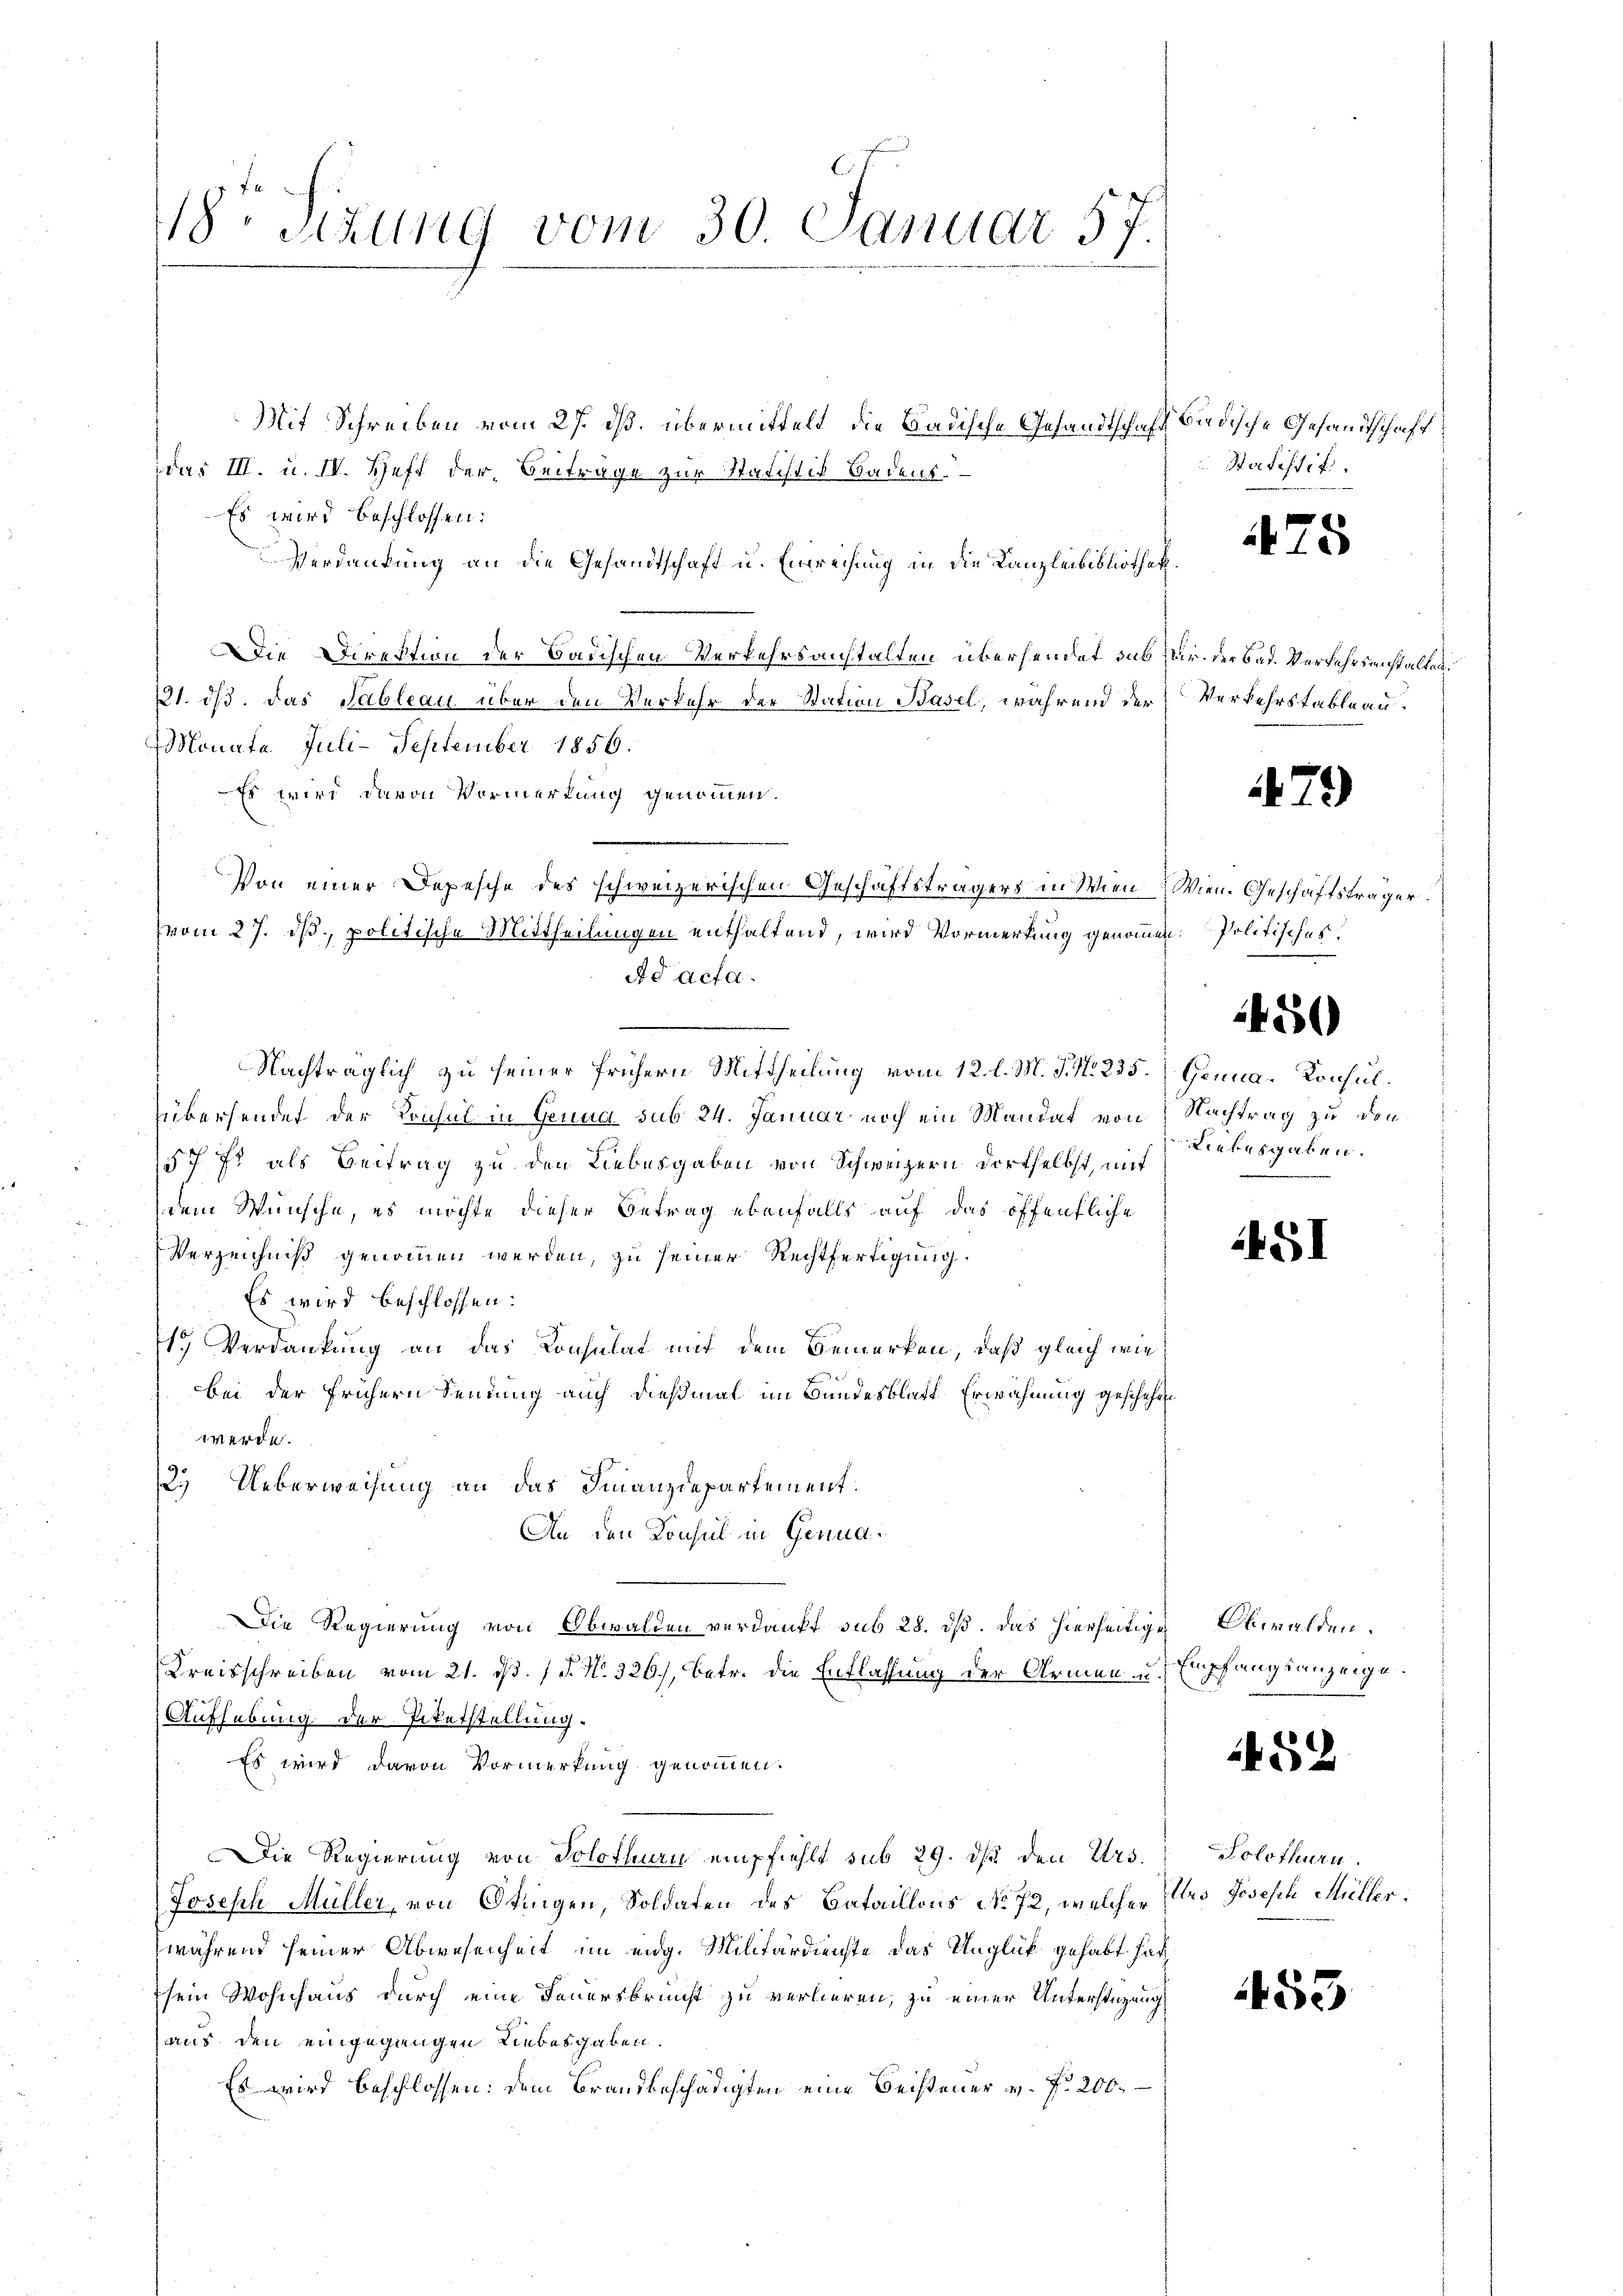
18. Sekung vom 30. Januar 57.

Mit Schreiben vom 27. ds. übermittelt, die Badische Gesandtschaft Badische Gesandtschaft
das III. u. IV. Heft der Beiträge zur Statistis Badens.
Es wird beschlossen:
Verdankung an die Gesandtschaft u. Einreichung in die Kanzleibibliothek
Die Direktion der Badischen Verkehrsanstalten übersendet das
721. ds. das Tableau über den Verkehr der Station Basel, während der
Monata Juli-September 1856.
Es wird davon Vormerkung genommen.
Von einer Depesche des schweizerischen Geschäftsträgers in Wien
vom 27. ds, politische Mittheilungen enthaltend, wird Vormerkung genommen. Politisches,
Ad acta.
übersendet der Konsul in Genua sub 24. Januar noch ein Mandat von Nachtrag zu den
57 7 als Beitrag zu den Liebesgaben von Schweizern dortselbst, mit
dem Wünsche, es möchte dieser Betrag ebenfalls auf das öffentliche
Verzeichniß genommen werden, zu seiner Rechtfertigung.
Es wird beschlossen:
1 Verdankung an das Consulat mit dem Bemerken, daß gleich wie
bei der frühern Sennung auch dießmal im Bundesblatt Erwähnung geschehewerde.
2. Ueberweisung an das Finanzdepartement.
An den Konsul in Genua¬
Die Regierung von Obwalden verdankt sub 28. dß. Das hierseitige Obwalden.
Kreisschreiben vom 21. d. 1 P. Nr. 326), betr. die Entlassung der Armen u. Empfangsanzeige.
Aufhebung der Paketstellung.
Es wird davon Vormerkung genommen.
Die Regierung von Solothurn empfiehlt sub 29. dβ den Urs.
Joseph Müller, von Otingen, Soldaten des Bataillons No 72, welcher
während seiner Abwesenheit im eidg. Militärdienste das Unglück gehabt hat,
sein Wohnhaus durch eine Feuersbrunst zu verlieren, zu einer Unterstüzung
aus den eingegangen Liebesgaben.
Es wird beschlossen: dem Brandbeschädigten eine Beisteuer v. f. 200.

Nachträglich zu seiner frühern Mittheilung vom 12. l. M. J. N. 235. Genua, Konsul¬

Satistif

475

Dir der Bad. Verfahrsanstalten¬
Verkehrstableau.

79)

Wien. Geschäftsträger.

Liebesgaben.

450

451

452

Solothurn.
Urs Joseph Müller.

453